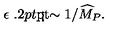
\epsilon { \ \lower - 1 . 2 p t \mathrm { \mathrm { \rlap { < } \lower 5 p t \mathrm { \mathrm { \sim } } } } \ } 1 / { \widehat M } _ { P } .